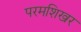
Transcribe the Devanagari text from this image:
परमशिखर